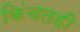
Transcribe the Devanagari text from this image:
किंचतही